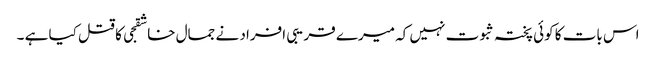
اس بات کا کوئی پختہ ثبوت نہیں کہ میرے قریبی افراد نے جمال خاشقجی کا قتل کیا ہے ۔